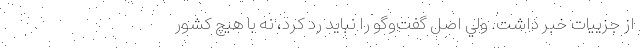
از جزييات خبر داشت. ولي اصل گفت‌وگو را نبايد رد كرد، نه با هيچ كشور